Report of the Indian Hemp Drugs Commission, 1894-1895 - Volume VII
Year: 1894
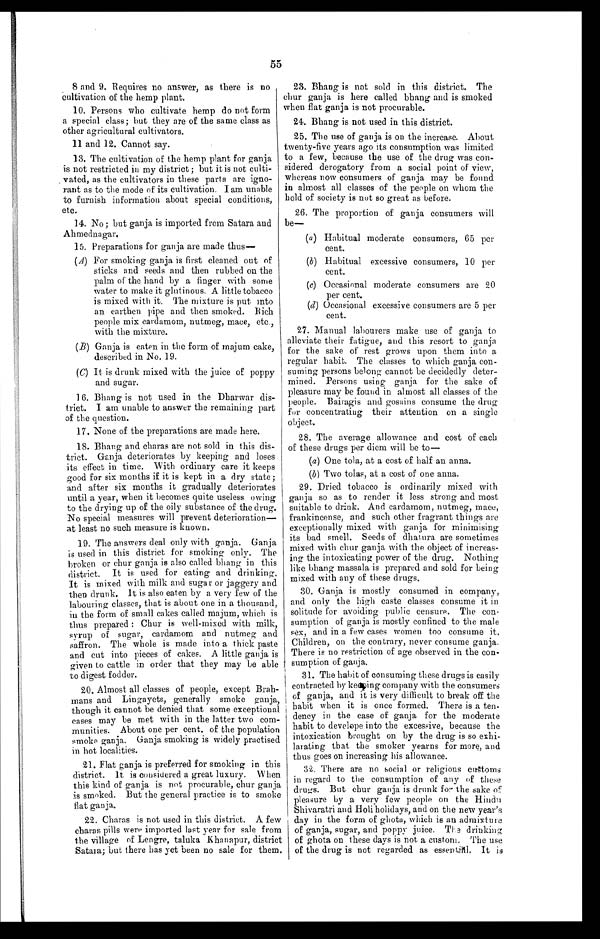
55
8 and 9. Requires no answer, as there is no
cultivation of the hemp plant.
10. Persons who cultivate hemp do not form
a special class; but they are of the same class as
other agricultural cultivators.
11 and 12. Cannot say.
13. The cultivation of the hemp plant for ganja
is not restricted in my district; but it is not culti
-vated, as the cultivators in these parts are igno
-rant as to the mode of its cultivation. I am unable
to furnish information about special conditions,
etc.
14. No; but ganja is imported from Satara and
Ahmednagar.
15. Preparations for ganja are made thus
—
(A) For smoking ganja is first cleaned out of
sticks and seeds and then rubbed on the
palm of the hand by a finger with some
water to make it glutinous. A little tobacco
is mixed with it. The mixture is put into
an earthen pipe and then smoked. Rich
people mix cardamom, nutmeg, mace, etc.,
with the mixture.
(B) Ganja is eaten in the form of majum cake,
described in No. 19
.
(C) It is drunk mixed with the juice of poppy
and sugar.
16. Bhang is not used in the Dharwar dis
-trict. I am unable to answer the remaining part
of the question.
17. None of the preparations are made here.
18. Bhang and charas are not sold in this dis
-trict. Ganja deteriorates by keeping and loses
its effect in time. With ordinary care it keeps
good for six months if it is kept in a dry state;
and after six months it gradually deteriorates
until a year, when it becomes quite useless owing
to the drying up of the oily substance of the drug.
No special measures will prevent deterioration
— a t l e a s t n o s u c h m e a s u r e i s k n o w n .
19. The answers deal only with ganja. Ganja
is used in this district for smoking only. The
broken or chur ganja is also called bhang in this
district. It is used for eating and drinking.
It is mixed with milk and sugar or jaggery and
then drunk. It is also eaten by a very few of the
labouring classes, that is about one in a thousand,
in the form of small cakes called majum, which is
thus prepared: Chur is well-mixed with milk,
syrup of sugar, cardamom and nutmeg and
saffron. The whole is made into a thick paste
and cut into pieces of cakes. A little ganja is
given to cattle in order that they may be able
to digest fodder.
20. Almost all classes of people, except Brah
-mans and Lingayets, generally smoke
g a n j a , t h o u g h i t c a n n o t b e d e n i e d t h a t s o m e e x c e p t i o n a l
cases may be met with in the latter two com
- m u n i t i e s . A b o u t o n e p e r c e n t . o f t h e p o p u l a t i o n
smoke ganja. Ganja smoking is widely practised
in hot localities.
21. Flat ganja is preferred for smoking in this
district. It is considered a great luxury. When
this kind of ganja is not procurable, chur
g a n j a i s s m o k e d . B u t t h e g e n e r a l p r a c t i c e i s t o s m o k e
flat ganja.
22. Charas is not used in this district. A few
charas pills were imported last year for sale from
the village of Lengre, taluka khanapur, district
Satara; but there has yet been no sale for them.
23. Bhang is not sold in this district. The
chur ganja is here called bhang and is smoked
when flat ganja is not procurable.
24. Bhang is not used in this district.
25. The use of ganja is on the increase. About
twenty-five years ago its consumption was limited
to a few, because the use of the drug was con
- s i d e r e d d e r o g a t o r y f r o m a s o c i a l p o i n t o f v i e w ,
whereas now consumers of ganja may be found
in almost all classes of the people on whom the
hold of society is not so great as before.
26. The proportion of ganja consumers will
be—
( a ) Habitual moderate consumers, 65 per
cent.
(b) Habitual excessive consumers, 10 per
cent.
(c) Occasional moderate consumers are 20
per cent .
(d) Occasional excessive consumers are 5 per
cent.
27. Manual labourers make use of ganja to
alleviate their fatigue, and this resort to ganja
for the sake of rest grows upon them into a
regular habit. The classes to which ganja con
-suming persons belong cannot be decidedly deter
-mined. Persons using ganja for the sake of
pleasure may be found in almost all classes of the
people. Bairagis and gosains consume the drug
for concentrating their attention on a single
object.
28. The average allowance and cost of each
of these drugs per diem will be to
—
(a) One tola, at a cost of half an anna.
(b) Two tolas, at a cost of one anna.
29. Dried tobacco is ordinarily mixed with
ganja so as to render it less strong and most
suitable to drink. And cardamom, nutmeg, mace,
frankincense, and such other fragrant things are
exceptionally mixed with ganja for minimising
its bad smell. Seeds of dhatura are sometimes
mixed with chur ganja with the object of increas
-ing the intoxicating power of the drug. Nothing
like bhang massala is prepared and sold for being
mixed with any of these drugs.
30. Ganja is mostly consumed in company,
and only the high caste classes consume it in
solitude for avoiding public censure. The con
-sumption of ganja is mostly confined to the male
sex, and in a few cases women too consume it.
Children, on the contrary, never consume ganja.
There is no restriction of age observed in the con
-sumption of ganja
.
31. The habit of consuming these drugs is easily
contracted by keeping company with the consumers
of ganja, and it is very difficult to break off the
habit when it is once formed. There is a ten
-dency in the case of ganja for the moderate
habit to develope into the excessive, because the
intoxication brought on by the drug is so exhi
-larating that the smoker yearns for more, and
thus goes on increasing his allowance.
32. There are no social or religious
c u s t o m s i n r e g a r d t o t h e c o n s u m p t i o n o f a n y o f t h e s e
drugs. But chur ganja is drunk for the sake
o f p l e a s u r e b y a v e r y f e w p e o p l e o n t h e H i n d u
Shivaratri and Holi holidays, and on the new year's
day in the form of ghota, which is an admixture
of ganja, sugar, and poppy juice. The drinking
of ghota on these days is not a custom. The use
of the drug is not regarded as essential. It is